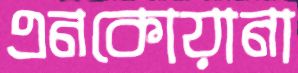
এনকোয়ানা